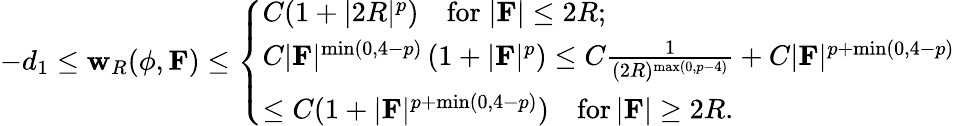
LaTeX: -d_{1}\leq\mathbf{w}_{R}(\phi,\mathbf{{F}})\leq\left\{ \begin{array}{ll}{C(1+|2R|^{p})\quad\mathrm{for}\; |\mathbf{F}|\leq 2R;}\\ {C|\mathbf{F}|^{\operatorname*{min}(0,4-p)}\left(1+|\mathbf{F}|^{p}\right)\leq C\frac{1}{(2R)^{\operatorname*{max}(0,p-4)}}+C|\mathbf{F}|^{p+\operatorname*{min}(0,4-p)}}\\ {\leq C(1+|\mathbf{F}|^{p+\operatorname*{min}(0,4-p)})\quad\mathrm{for}\, |\mathbf{F}|\geq 2R.}\end{array}\right.